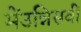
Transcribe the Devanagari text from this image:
मेंउन्निसवीं